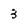
Character: 3